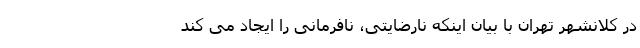
در کلانشهر تهران با بیان اینکه نارضایتی، نافرمانی را ایجاد می کند